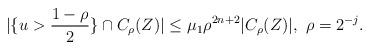
LaTeX: \begin{align*}|\{u>\frac{1-\rho}{2}\}\cap C_{\rho}(Z)|\leq \mu_{1}\rho^{2n+2}|C_{\rho}(Z)|,\ \rho=2^{-j}. \end{align*}